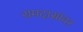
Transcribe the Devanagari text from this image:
रामदासांवर